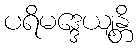
ပရိမဒ္ဒေယျန္တိ